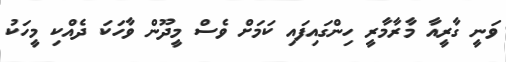
ވަނީ ގާރީއާ މާރާމާރީ ހިންގައިފައި ކަމަށް ވެސް މީދޫން ވާހަކަ ދެއްކި މީހަކު